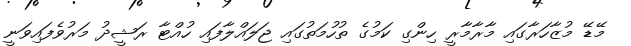
މޭޑޭ މުޒާހަރާގައި މާރާމާރީ ހިންގި ކަމުގެ ތުހުމަތުގައި ޖަލައްލާފައި ހުއްޓާ ރަޝީދު މަރުވެފައިވަނީ